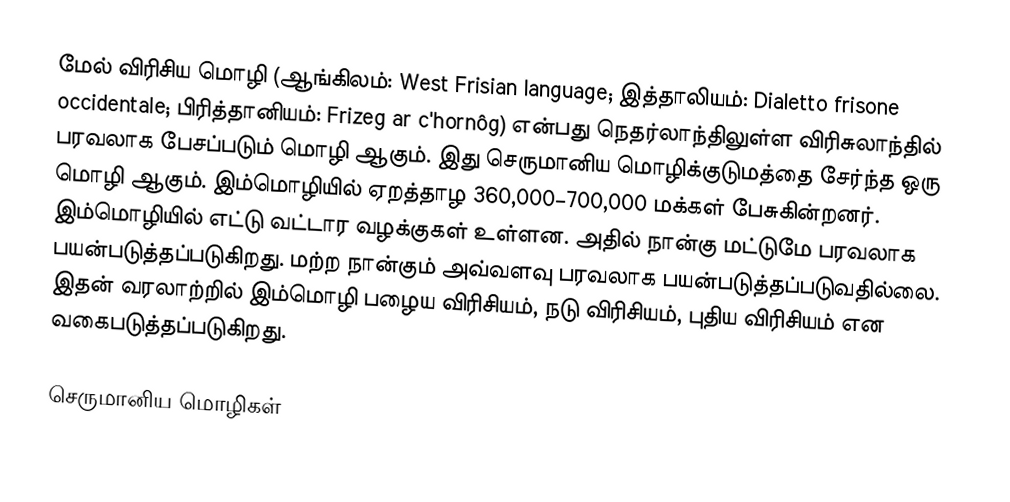
மேல் விரிசிய மொழி (ஆங்கிலம்: West Frisian language; இத்தாலியம்: Dialetto frisone occidentale; பிரித்தானியம்: Frizeg ar c'hornôg) என்பது நெதர்லாந்திலுள்ள விரிசுலாந்தில் பரவலாக பேசப்படும் மொழி ஆகும். இது செருமானிய மொழிக்குடுமத்தை சேர்ந்த ஒரு மொழி ஆகும். இம்மொழியில் ஏறத்தாழ 360,000–700,000 மக்கள் பேசுகின்றனர். இம்மொழியில் எட்டு வட்டார வழக்குகள் உள்ளன. அதில் நான்கு மட்டுமே பரவலாக பயன்படுத்தப்படுகிறது. மற்ற நான்கும் அவ்வளவு பரவலாக பயன்படுத்தப்படுவதில்லை. இதன் வரலாற்றில் இம்மொழி பழைய விரிசியம், நடு விரிசியம், புதிய விரிசியம் என வகைபடுத்தப்படுகிறது.

செருமானிய மொழிகள்